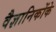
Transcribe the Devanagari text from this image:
वैज्ञानिकोंके